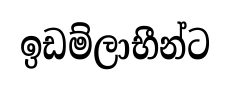
ඉඩම්ලාභීන්ට